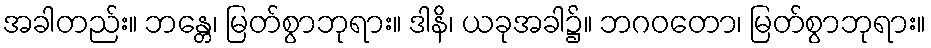
အခါတည်း။ ဘန္တေ၊ မြတ်စွာဘုရား။ ဒါနိ၊ ယခုအခါ၌။ ဘဂဝတော၊ မြတ်စွာဘုရား။